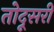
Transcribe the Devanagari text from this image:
तोदूसरी